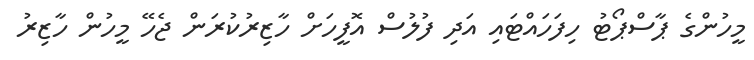
މީހުންގެ ޕާސްޕޯޓު ހިފަހައްޓައި އަދި ފުލުސް އޮފީހަށް ހާޒިރުކުރަން ޖެހޭ މީހުން ހާޒިރު